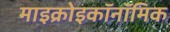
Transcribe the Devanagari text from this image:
माइक्रोइकॉनॉमिक